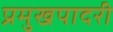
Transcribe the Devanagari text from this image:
प्रमुखपादरी